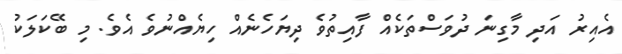
އެއިރު އަދި މާގިނަ ދުވަސްތަކެއް ފާއިތުވެ ދިޔަހެނެއް ހިޔެއްނުވެ އެވެ. މި ބޭކަލަކު